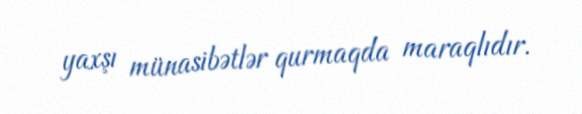
yaxşı münasibətlər qurmaqda maraqlıdır.